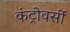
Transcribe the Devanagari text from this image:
कंट्रोवर्सी